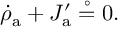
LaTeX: \dot { \rho } _ { \mathrm { a } } + J _ { \mathrm { a } } ^ { \prime } \stackrel { \circ } { = } 0 .